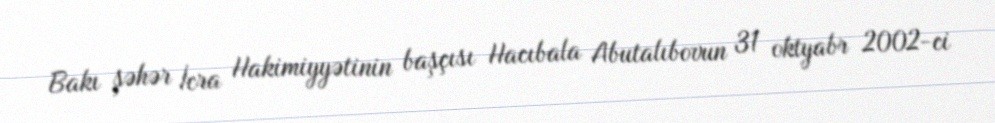
Bakı şəhər İcra Hakimiyyətinin başçısı Hacıbala Abutalıbovun 31 oktyabr 2002-ci